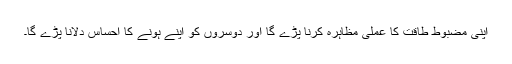
اپنی مضبوط طاقت کا عملی مظاہرہ کرنا پڑے گا اور دوسروں کو اپنے ہونے کا احساس دلانا پڑے گا۔